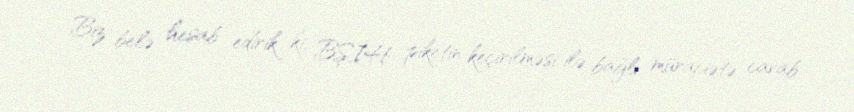
Biz belə hesab edirik ki, BŞİH piketin keçirilməsi ilə bağlı müraciətə cavab